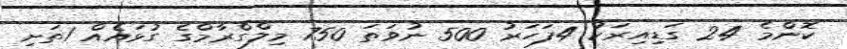
ކޮންމެ 24 ގަޑިއިރަކު 4ފަހަރު 500 ނުވަތަ 750 މިލްގްރާމްގެ ގުޅައެއް 1ތަށި